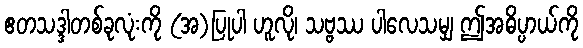
ဧတသဒ္ဒါတစ်ခုလုံးကို (အ)ပြုပါ ဟူလို၊ သဗ္ဗဿ ပါလေသမျှ ဤအဓိပ္ပာယ်ကို